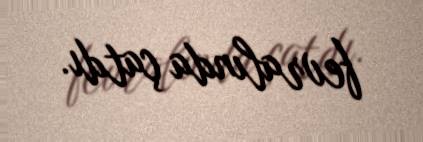
fevralında çatdı.